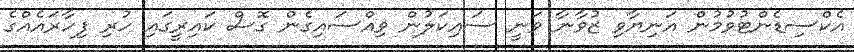
އެކްސިޑެންޓުވުމުން އަނިޔާވި ޒުވާނާ ވަނީ ސައިކަލުން ވިއްސައިގެން ގޮސް ކައިރީގައި ހުރި ފިހާރައެއްގެ